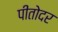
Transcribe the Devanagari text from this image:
पीतोदर